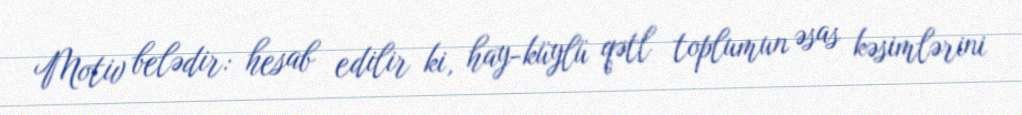
Motiv belədir: hesab edilir ki, hay-küylü qətl toplumun əsas kəsimlərini